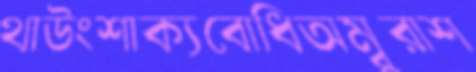
থাউংশাক্যবোধিঅম্বুরাশ